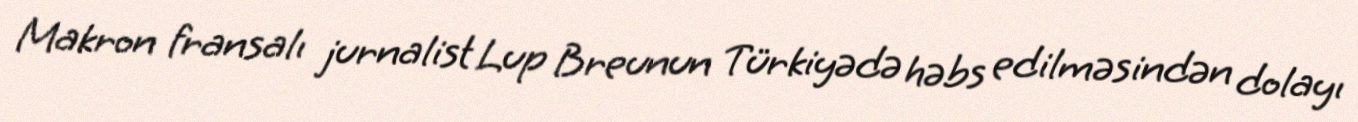
Makron fransalı jurnalist Lup Breunun Türkiyədə həbs edilməsindən dolayı